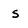
Character: s